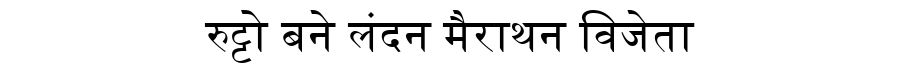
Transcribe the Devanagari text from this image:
रुट्टो बने लंदन मैराथन विजेता